Vaccination in Burma 1920-1933 - 1920-1933
Year: 1920
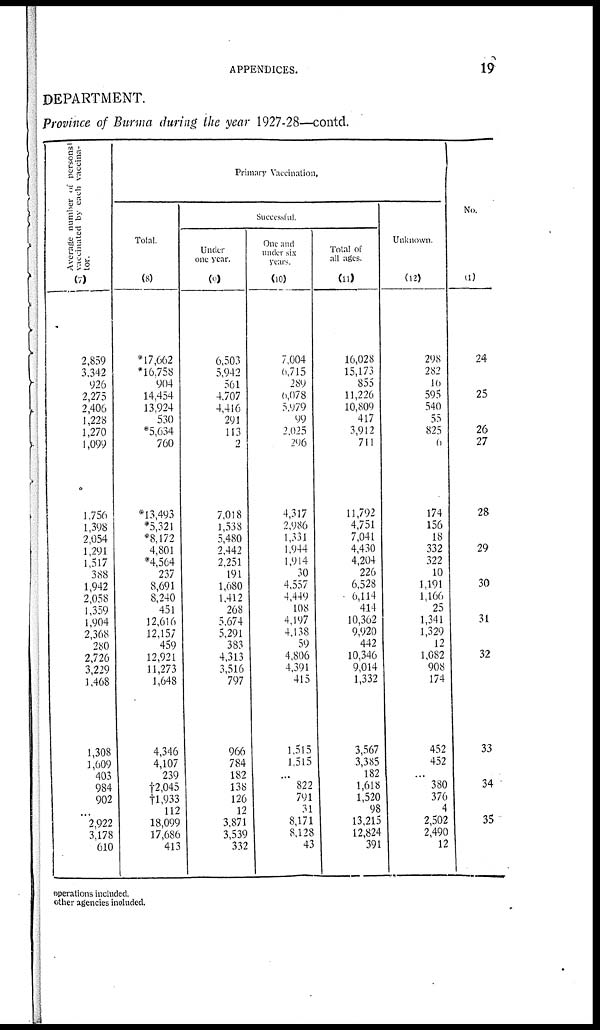
APPENDICES.
19
DEPARTMENT.
Province of Burma during the year 1927-28—contd.
Average number of personal
vaccinated by each vaccina-
tor.
(7)
2,859
3,342
926
2,275
2,406
1,228
1,270
1,099
1,756
1,398
2,054
1,291
1,517
388
1,942
2,058
1,359
1,904
2,368
280
2,726
3,229
1,468
1,308
1,609
403
984
902
...
2,922
3,178
610
Primary Vaccination.
Total.
(8)
* 17,662
*16,758
904
14,454
13,924
530
*5,634
760
* 13,493
*5,321
*8,172
4,801
*4,564
237
8,691
8,240
451
12,616
12,157
459
12,921
11,273
1,648
4,346
4,107
239
†2,045
†1,933
112
18,099
17,686
413
Successful.
Under
one year.
(9)
6,503
5,942
561
4,707
4,416
291
113
2
7,018
1,538
5,480
2,442
2,251
191
1,680
1,412
268
5,674
5,291
383
4,313
3,516
797
966
784
182
138
126
12
3,871
3,539
332
One and
under six
years.
(10)
7,004
6,715
289
6,078
5,979
99
2,025
296
4,317
2,986
1,331
1,944
1,914
30
4,557
4,449
108
4,197
4,138
59
4,806
4,391
415
1,515
1,515
...
822
791
31
8,171
8,128
43
Total of
all ages.
(11)
16,028
15,173
855
11,226
10,809
417
3,912
711
11,792
4,751
7,041
4,430
4,204
226
6,528
6,114
414
10,362
9,920
442
10,346
9,014
1,332
3,567
3,385
182
1,618
1,520
98
13,215
12,824
391
Unknown.
(12)
298
282
16
595
540
55
825
6
174
156
18
332
322
10
1,191
1,166
25
1,341
1,329
12
1,082
908
174
452
452
...
380
376
4
2,502
2,490
12
No.
(1)
24
25
26
27
28
29
30
31
32
33
34
35
operations included.
other agencies included.